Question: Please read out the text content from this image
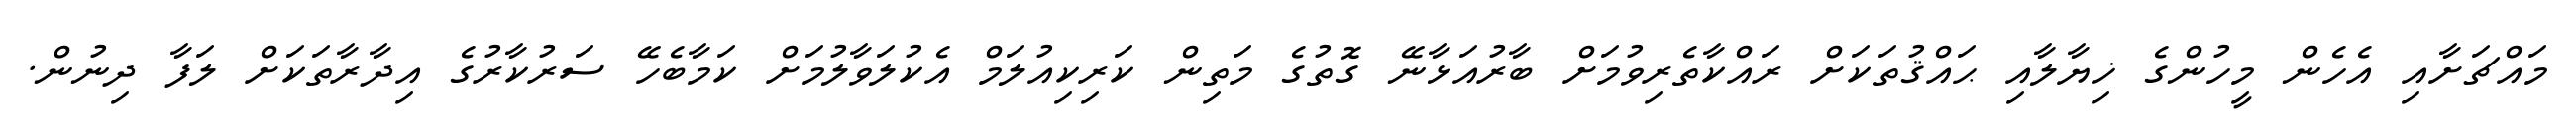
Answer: މައްޗަށާއި އެހެން މީހުންގެ ޚިޔާލާއި ޙައްޤުތަކަށް ރައްކާތެރިވުމަށް ބާރުއަޅާނޭ ގޮތުގެ މަތިން ކަރިކިއުލަމް އެކުލަވާލުމަށް ކަމާބެހޭ ސަރުކާރުގެ އިދާރާތަކަށް ލަފާ ދިނުން.